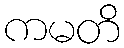
ကမတိ